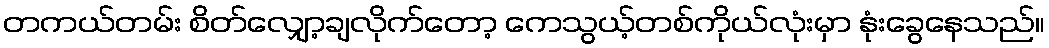
တကယ်တမ်း စိတ်လျှော့ချလိုက်တော့ ကေသွယ့်တစ်ကိုယ်လုံးမှာ နုံးခွေနေသည်။